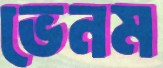
ভেনম